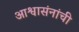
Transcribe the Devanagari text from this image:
आश्वासंनांची